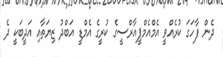
ދެން ފާހަގަ ކުރެއްވީ އެމްއެމްޕީއާރްސީގެ ކުރީގެ އެމްޑީ އަބްދު ޒިޔަތާއި އަދީބަކީ ދެ